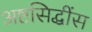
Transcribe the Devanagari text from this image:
अष्टसिद्धींस